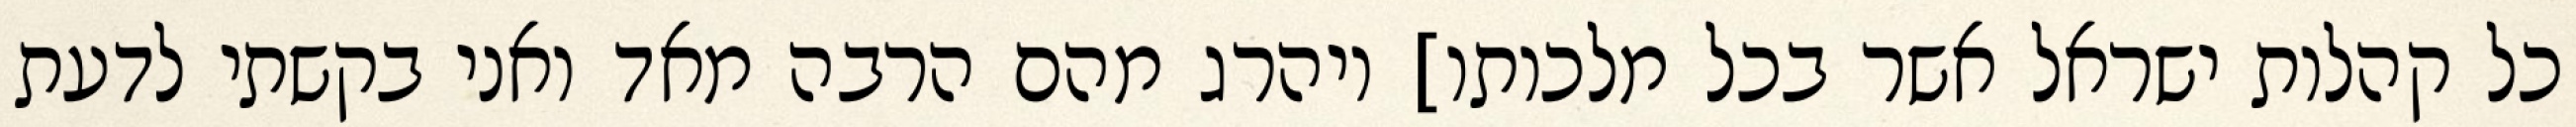
כל קהלות ישראל אשר בכל מלכותו] ויהרג מהם הרבה מאד ואני בקשתי לדעת